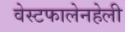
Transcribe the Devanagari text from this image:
वेस्टफालेनहेली